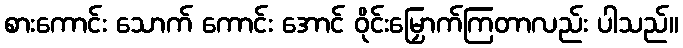
စားကောင်း သောက် ကောင်း အောင် ဝိုင်းမြှောက်ကြတာလည်း ပါသည်။